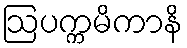
ဩပက္ကမိကာနိ